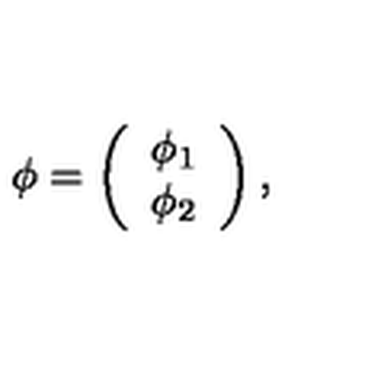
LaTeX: \phi = \left( \begin{array} { c } { \phi _ { 1 } } \\ { \phi _ { 2 } } \\ \end{array} \right) ,